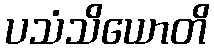
ပသံသိယောတိ